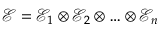
\mathcal { E } = \mathcal { E } _ { 1 } \otimes \mathcal { E } _ { 2 } \otimes \ldots \otimes \mathcal { E } _ { n }